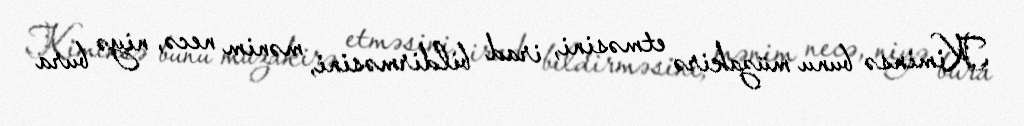
Kiminsə bunu müzakirə etməsini, irad bildirməsini, mənim necə, niyə bura